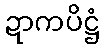
ဍာကပိဋ္ဌံ